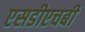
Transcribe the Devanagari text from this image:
एसडीएचबी